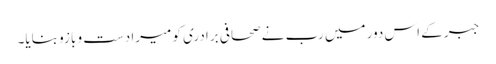
جبر کے اس دور میں رب نے صحافی برادری کو میرا دست و بازو بنایا۔